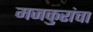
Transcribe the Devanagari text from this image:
मजकुरांचा